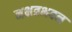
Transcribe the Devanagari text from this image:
नक्षत्रभवन